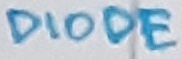
Text: DIODE